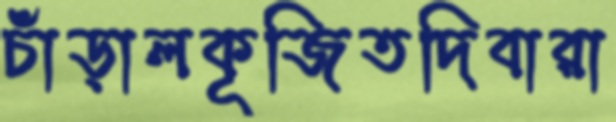
চাঁড়ালকূজিতদিবারা